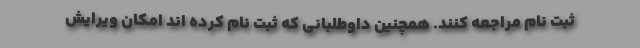
ثبت نام مراجعه کنند. همچنین داوطلبانی که ثبت نام کرده اند امکان ویرایش